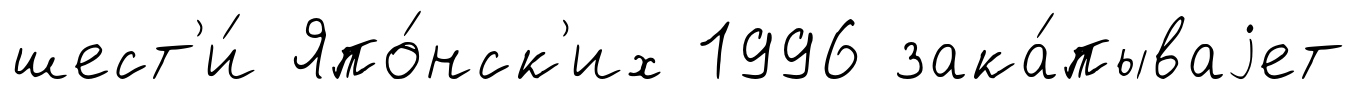
шест'и́ Япо́нск'их 1996 зака́пываjет